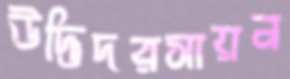
উদ্ভিদরসায়ন